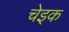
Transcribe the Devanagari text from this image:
चेइक